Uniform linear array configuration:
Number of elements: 32
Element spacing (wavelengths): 0.25
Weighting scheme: blackman
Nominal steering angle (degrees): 30
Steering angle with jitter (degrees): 28.878
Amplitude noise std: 0.05
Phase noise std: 0.05

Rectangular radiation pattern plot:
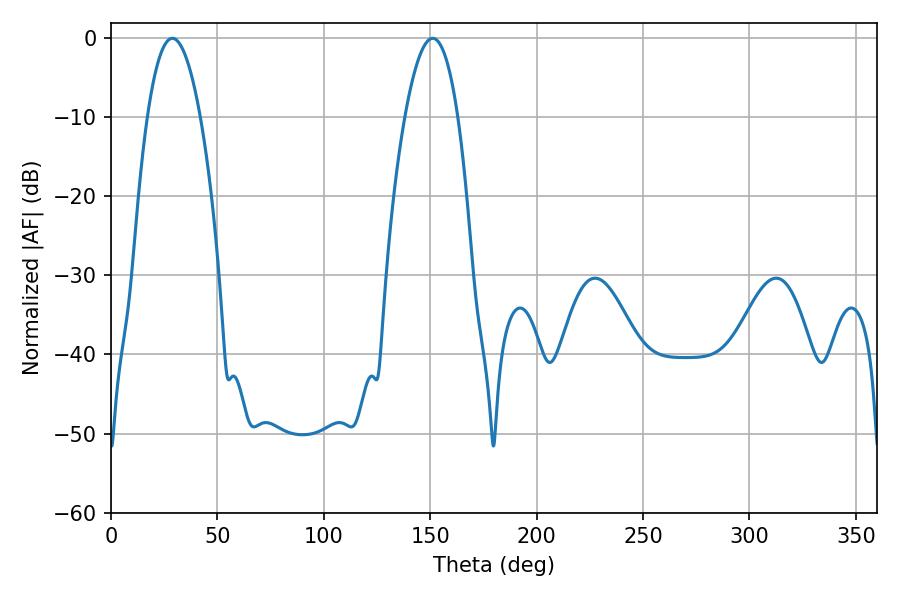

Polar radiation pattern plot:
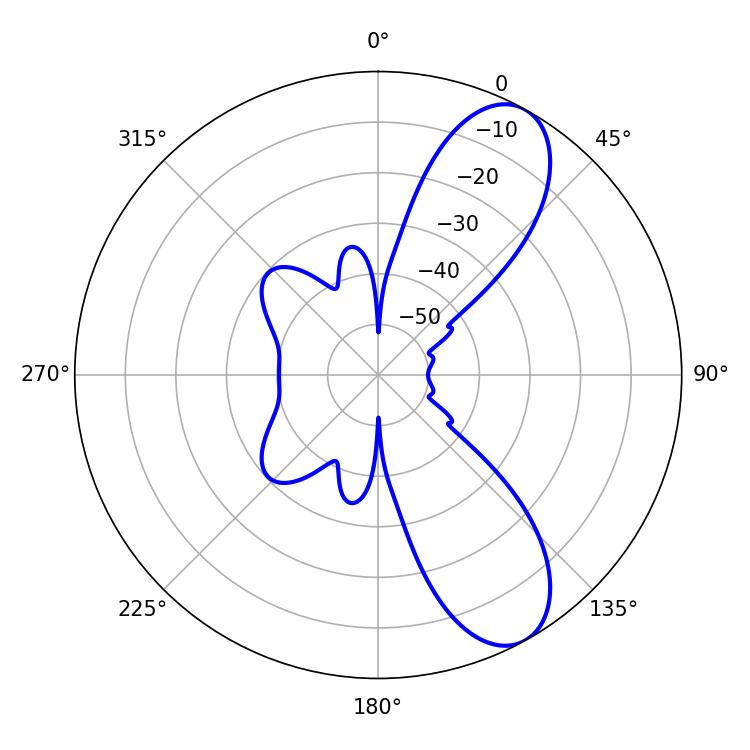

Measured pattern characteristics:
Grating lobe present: FALSE
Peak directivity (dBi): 9.056
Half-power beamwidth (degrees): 13.86
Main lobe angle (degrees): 28.8